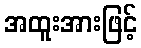
အထူးအားဖြင့်